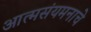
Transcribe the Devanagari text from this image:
आत्मसंयमनाचे